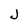
Character: J